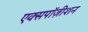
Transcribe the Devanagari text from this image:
एक्सपॉज़ीशन